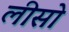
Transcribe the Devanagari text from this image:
लीसो